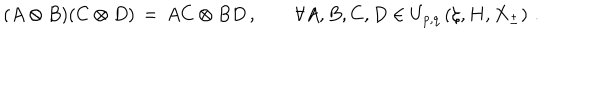
( A \otimes B ) ( C \otimes D ) \, = \, A C \otimes B D \, , \qquad \forall A , B , C , D \in U _ { p , q } \left( \zeta , H , X _ { \pm } \right) \, .